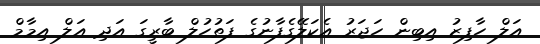
އަލް ހާފިޒު އިބިން ހަޖަރު އެކަލޭގެފާނުގެ ފަތުހުލް ބާރީގަ އަދި އަލް އިމާމް